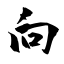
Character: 向